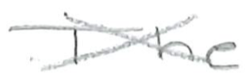
Text: The
Cross-out: cross
Writing tool: pencil